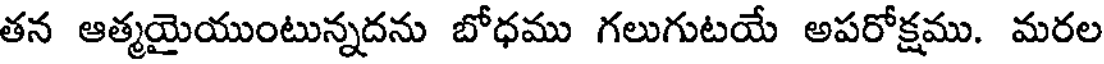
తన ఆత్మయైయుంటున్నదను బోధము గలుగుటయే అపరోక్షము. మరల